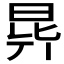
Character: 𣌲